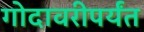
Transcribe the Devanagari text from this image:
गोदावरीपर्यंत